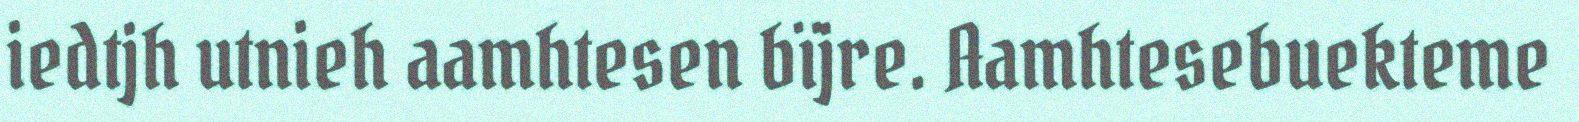
iedtjh utnieh aamhtesen bïjre. Aamhtesebuekteme